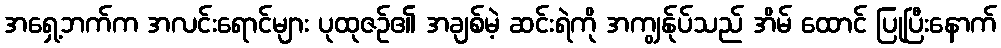
အရှေ့ဘက်က အလင်းရောင်များ ပုထုဇဉ်၏ အချစ်မဲ့ ဆင်းရဲကို အကျွန်ုပ်သည် အိမ် ထောင် ပြုပြီးနောက်